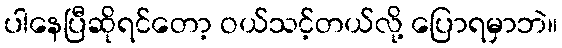
ပါနေပြီဆိုရင်တော့ ဝယ်သင့်တယ်လို့ ပြောရမှာဘဲ။